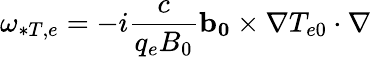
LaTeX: \omega_{*T,e}=-i\frac{c}{q_{e}B_{0}}\mathbf{b_{0}}\times\nabla T_{e0}\cdot\nabla